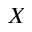
\cal X